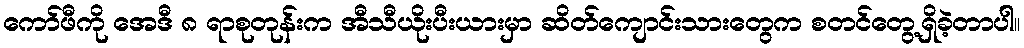
ကော်ဖီကို အေဒီ ၈ ရာစုတုန်းက အီသီယိုးပီးယားမှာ ဆိတ်ကျောင်းသားတွေက စတင်တွေ့ရှိခဲ့တာပါ။